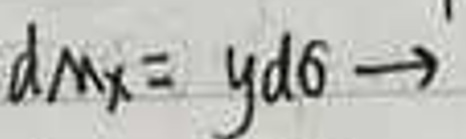
$dM_{x}=yd\sigma \longrightarrow$